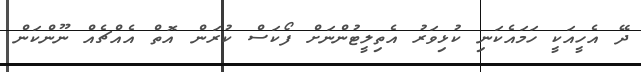
ދޭ އެހީއަކީ ހަމައެކަނި ކުޅިވަރު އެތިލީޓުންނަށް ފޯކަސް ކުރަން އޮތް އެއްޗެއް ނޫންކަން